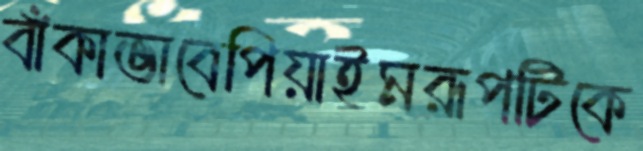
বাঁকাভাবেপিয়াইমরূপটিকে